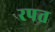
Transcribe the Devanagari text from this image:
रपत